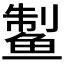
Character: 𱇹